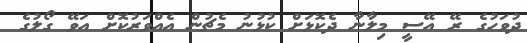
ދުވަހުގެ ރޭ އޭސީ މިލާނާ ދެކޮޅަށް ކުޅުނު މެޗުން އެއްވަރުކޮށް އަވޭ ގޯލުގެ